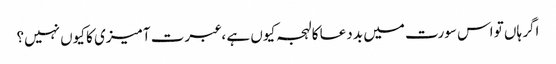
اگر ہاں تو اس سورت میں بد دعا کا لہجہ کیوں ہے ، عبرت آمیزی کا کیوں نہیں؟